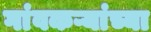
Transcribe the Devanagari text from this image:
गांवकऱ्यांच्या